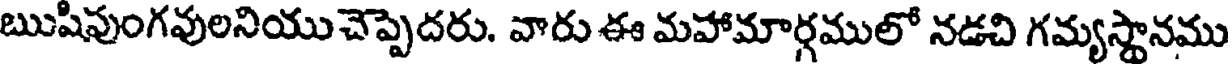
ఋషిపుంగవులనియుచెప్పెదరు. వారు ఈ మహామార్గములో నడచి గమ్యస్థానము